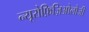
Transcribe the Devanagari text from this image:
न्यूरोफ़िज़िओलौजी